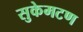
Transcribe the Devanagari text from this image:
सुकेमटण